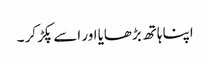
اپنا ہاتھ بڑھایا اور اسے پکڑ کر ۔